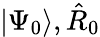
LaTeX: |\Psi_{0}\rangle,\hat{R}_{0}